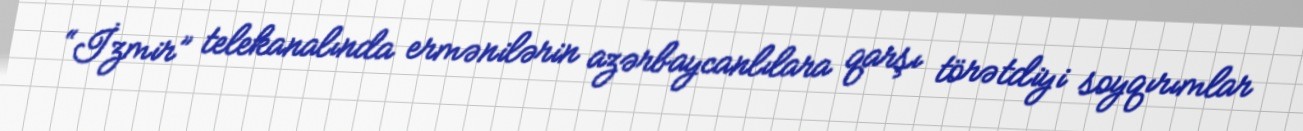
“İzmir” telekanalında ermənilərin azərbaycanlılara qarşı törətdiyi soyqırımlar